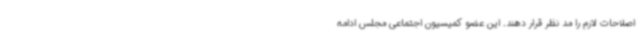
اصلاحات لازم را مد نظر قرار دهند. این عضو کمیسیون اجتماعی مجلس ادامه